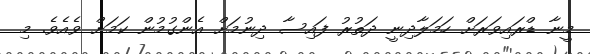
މީނާ ޑްރައިވަރަށް ހަމަލާދިނީ ދަތުރު ފައިސާ ދިނުމަށް އެންގުމުން ކަމަށް ވެއެވެ. މި